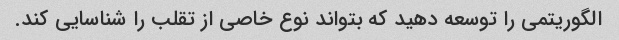
الگوریتمی را توسعه دهید که بتواند نوع خاصی از تقلب را شناسایی کند.